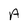
Character: A